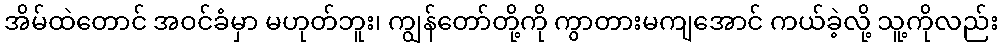
အိမ်ထဲတောင် အဝင်ခံမှာ မဟုတ်ဘူး၊ ကျွန်တော်တို့ကို ကွာတားမကျအောင် ကယ်ခဲ့လို့ သူ့ကိုလည်း